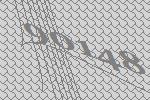
90148